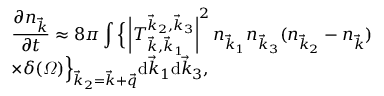
\begin{array} { l } { \displaystyle \frac { \partial n _ { \vec { k } } } { \partial t } \approx 8 \pi \int \Big \{ \left| T _ { \vec { k } , \vec { k } _ { 1 } } ^ { \vec { k } _ { 2 } , \vec { k } _ { 3 } } \right| ^ { 2 } n _ { \vec { k } _ { 1 } } n _ { \vec { k } _ { 3 } } ( n _ { \vec { k } _ { 2 } } - n _ { \vec { k } } ) } \\ { \displaystyle \times \delta ( \varOmega ) \Big \} _ { \vec { k } _ { 2 } = \vec { k } + \vec { q } } \mathrm d \vec { k } _ { 1 } \mathrm d \vec { k } _ { 3 } , } \end{array}